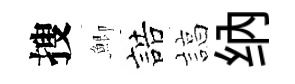
搜鯽誥諄纳